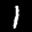
Label: 1